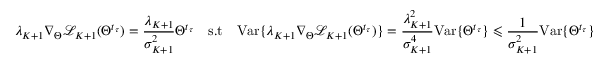
\lambda _ { K + 1 } \nabla _ { \Theta } \mathcal { L } _ { K + 1 } ( \Theta ^ { t _ { \tau } } ) = \frac { \lambda _ { K + 1 } } { \sigma _ { K + 1 } ^ { 2 } } \Theta ^ { t _ { \tau } } \quad \mathrm { s . t } \quad \mathrm { V a r } \{ \lambda _ { K + 1 } \nabla _ { \Theta } \mathcal { L } _ { K + 1 } ( \Theta ^ { t _ { \tau } } ) \} = \frac { \lambda _ { K + 1 } ^ { 2 } } { \sigma _ { K + 1 } ^ { 4 } } \mathrm { V a r } \{ \Theta ^ { t _ { \tau } } \} \leqslant \frac { 1 } { \sigma _ { K + 1 } ^ { 2 } } \mathrm { V a r } \{ \Theta ^ { t _ { \tau } } \}